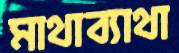
মাথাব্যাথা